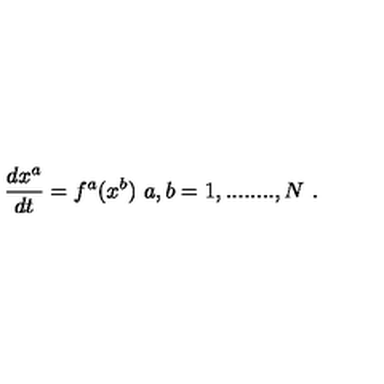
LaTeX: \frac { d x ^ { a } } { d t } = f ^ { a } ( x ^ { b } ) \ a , b = 1 , . . . . . . . . , N \ .